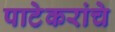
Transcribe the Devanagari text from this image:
पाटेकरांचे